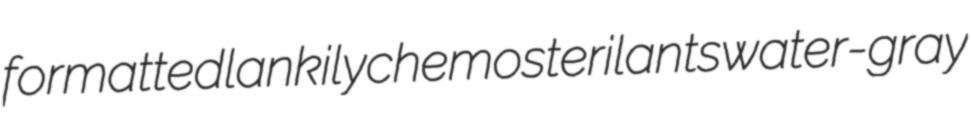
formatted lankily chemosterilants water-gray